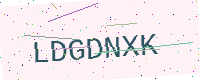
Text: LDGDNXK